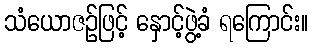
သံယောဇဉ်ဖြင့် နှောင့်ဖွဲ့ခံ ရကြောင်း။